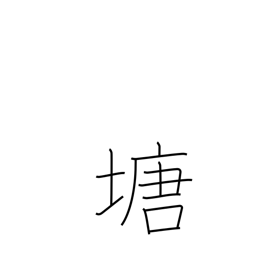
Meaning: dike